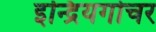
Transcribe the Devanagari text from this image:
इन्द्रियगोचर